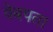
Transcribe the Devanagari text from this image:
वेबपता